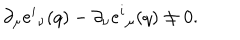
\partial _ { \mu } e ^ { i } { } _ { \nu } ( q ) - \partial _ { \nu } e ^ { i } { } _ { \mu } ( q ) \neq 0 .